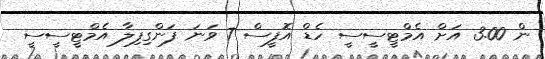
ން 3.00 އަށް އެމްޓީސީސީ ހެޑް އޮފީސް 7 ވަނަ ފަންގިފިލާ އެމްޓީސީސީ